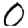
Digit: 0